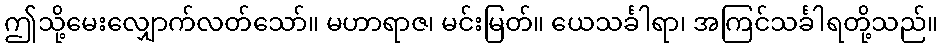
ဤသို့မေးလျှောက်လတ်သော်။ မဟာရာဇ၊ မင်းမြတ်။ ယေသင်္ခါရာ၊ အကြင်သင်္ခါရတို့သည်။